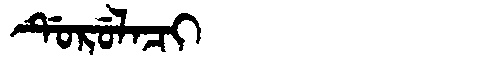
Manchu: ᡩᡠᡵᡠᠯᠠᠴᡳ
Romanization: DURULACI